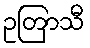
ဥတြာသီ